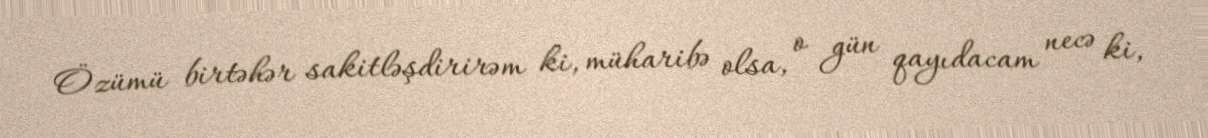
Özümü birtəhər sakitləşdirirəm ki, müharibə olsa, o gün qayıdacam necə ki,